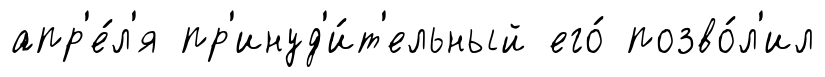
апр'е́л'я пр'инуд'и́т'ельный его́ позво́л'ил